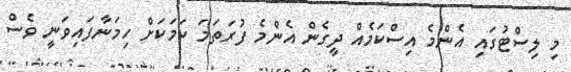
މި ލިސްޓުގައި އެންމެ އިސްކަމެއް ދީގެން އެންމެ ފުރަތަމަ ކަމަކަށް ހިމަނާފައިވަނީ ވެސް